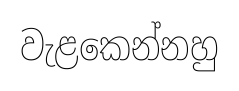
වැළකෙන්නහු